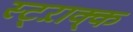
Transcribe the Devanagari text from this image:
स्ट्ऱाक्क्